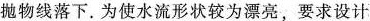
o1抛物线落下。为使水流形状较为漂亮，要求设计